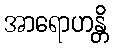
အာရောဟန္တိ